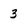
Character: 3